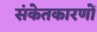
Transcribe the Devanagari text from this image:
संकेतकारणों